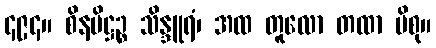
၄၉၄။ စိနပိဋ္ဌဉ္စ သိန္ဒူရံ၊ အထ တူလော တထာ ပိစု။